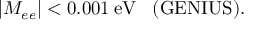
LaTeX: \vert M _ { e e } \vert < 0 . 0 0 1 \: \mathrm { e V } \; \; \; ( \mathrm { G E N I U S ) . }